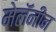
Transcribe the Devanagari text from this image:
मेलॅनीन